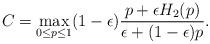
LaTeX: \begin{align*}C_{}&= \max_{0\leq p \leq 1} (1-\epsilon)\frac{p + \epsilon H_2(p)}{\epsilon + (1-\epsilon)p}.\end{align*}